Annual returns of the Patna Lunatic Asylum at Bankipore in Bihar and Orissa - 1912-1924
Year: 1912
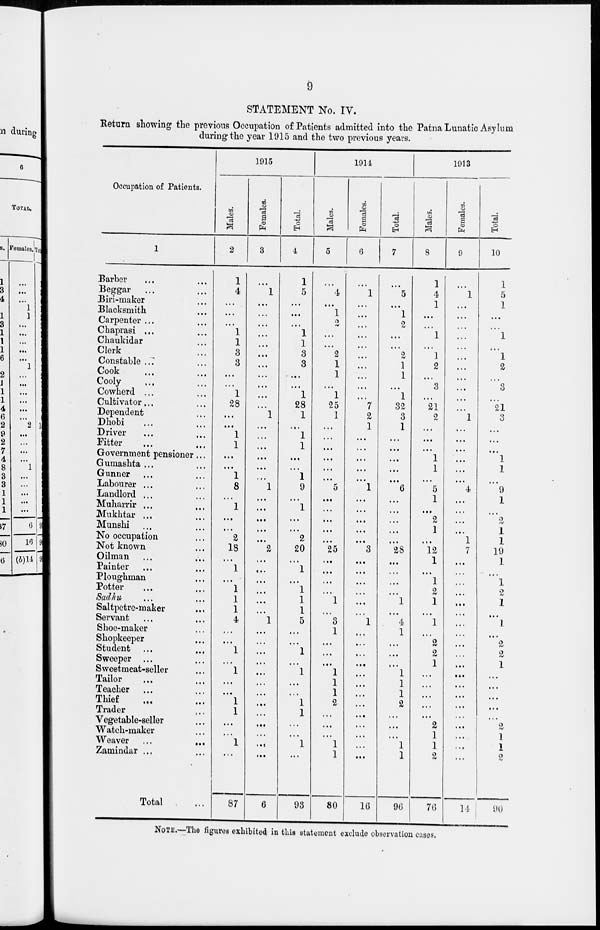
9
STATEMENT No. IV.
Return showing the previous Occupation of Patients admitted into the Patna Lunatic Asylum
during the year 1915 and the two previous years.
Occupation of Patients.
1
Barber ... ...
Beggar ... ...
Biri-maker ...
Blacksmith ...
Carpenter ... ...
Chaprasi ... ...
Chaukidar ...
Clerk ...
Constable ... ...
Cook ... ...
Cooly ... ...
Cowherd ... ...
Cultivator ... ...
Dependent ... ...
Dhobi ... ...
Driver ... ...
Fitter ... ...
Government pensioner ...
Gumashta ... ...
Gunner ... ...
Labourer ... ...
Landlord ... ...
Muharrir ... ...
Mukhtar ... ...
Munshi ... ...
No occupation ...
Not known ... ...
Oilman ... ...
Painter ... ...
Ploughman ...
Potter ... ...
Sadhu ... ...
Saltpetre-maker ...
Servant ... ...
Shoe-maker ... ...
Shopkeeper ...
Student ... ...
Sweeper ... ...
Sweetmeat-seller ...
Tailor ... ...
Teacher ... ...
Thief ... ...
Trader ...
Vegetable-seller ...
Watch-maker ...
Weaver ...
...
Zamindar ... ...
Total
1915
Males.
2
1
4
...
...
...
1
1
3
3
...
...
1
28
...
...
1
1
...
...
1
8
...
1
...
...
2
18
...
1
...
1
1
1
4
...
...
1
...
1
...
...
1
1
...
...
1
...
87
Females.
3
...
1
...
...
...
...
...
...
...
...
...
...
...
1
...
...
...
...
...
...
1
...
...
...
...
...
2
...
...
...
...
...
...
1
...
...
...
...
...
...
...
...
...
...
...
...
...
6
Total.
4
1
5
...
...
...
1
1
3
3
...
...
1
28
1
...
1
1
...
...
1
9
...
1
...
...
2
20
...
1
...
1
1
1
5
...
...
1
...
1
...
...
1
1
...
...
1
...
93
1911
Males.
5
...
4
...
1
...
...
...
2
1
1
...
1
25
1
...
...
...
...
...
...
5
...
...
...
...
...
25
...
...
...
...
1
...
3
1
...
...
...
1
1
1
2
...
...
...
1
1
80
Females.
6
...
1
...
...
...
...
...
...
...
...
...
...
7
2
1
...
...
...
...
...
1
...
...
...
...
...
3
...
...
...
...
...
...
1
...
...
...
...
...
...
...
...
...
...
...
...
...
16
Total.
7
...
5
...
1
2
...
...
2
1
1
...
1
32
3
1
...
...
...
...
...
6
...
...
...
...
...
28
...
...
...
...
1
...
4
1
...
...
...
1
1
1
2
...
...
...
1
1
96
1913
Males.
8
1
4
1
...
...
1
...
1
2
...
3
...
21
2
...
...
...
1
1
...
5
1
...
2
1
...
12
1
...
1
2
1
...
1
...
2
2
1
...
...
...
...
...
2
1
1
2
76
Females.
9
...
1
...
...
...
...
...
...
...
...
...
...
...
1
...
...
...
...
...
...
4
...
...
...
...
1
7
...
...
...
...
...
...
...
...
...
...
...
...
...
...
...
...
...
...
...
...
14
Total.
10
1
5
1
...
...
1
...
1
2
...
3
...
21
3
...
...
...
1
1
...
9
1
...
2
1
1
19
1
...
1
2
1
...
1
...
2
2
1
...
...
...
...
...
2
1
1
2
90
NOTE.—The figures exhibited in this statement exclude observation cases.